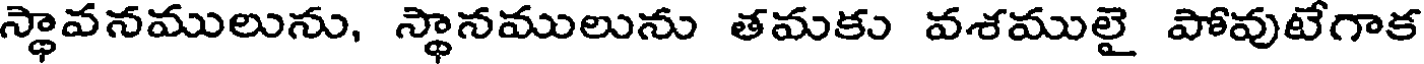
స్థావనములును, స్థానములును తమకు వశములై పోవుటేగాక